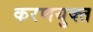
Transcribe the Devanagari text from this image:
करणयुक्त